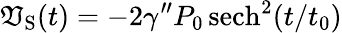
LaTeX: \mathfrak{V}_{\mathrm{{{S}}}}(t)=-2\gamma^{\prime\prime}P_{0}\, \mathrm{{{sech}}}^{2}(t/t_{0})